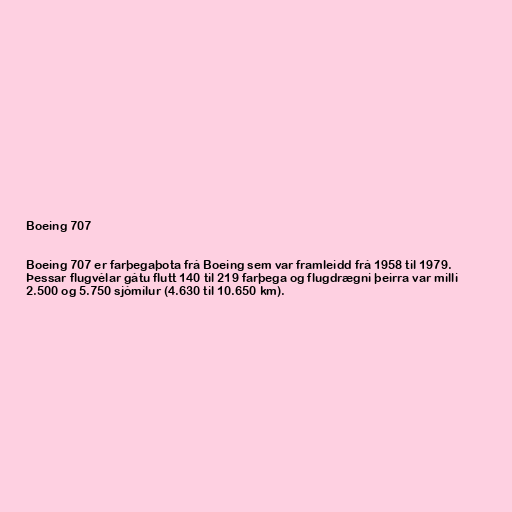
Boeing 707

Boeing 707 er farþegaþota frá Boeing sem var framleidd frá 1958 til 1979.
Þessar flugvélar gátu flutt 140 til 219 farþega og flugdrægni þeirra var milli
2.500 og 5.750 sjómílur (4.630 til 10.650 km).